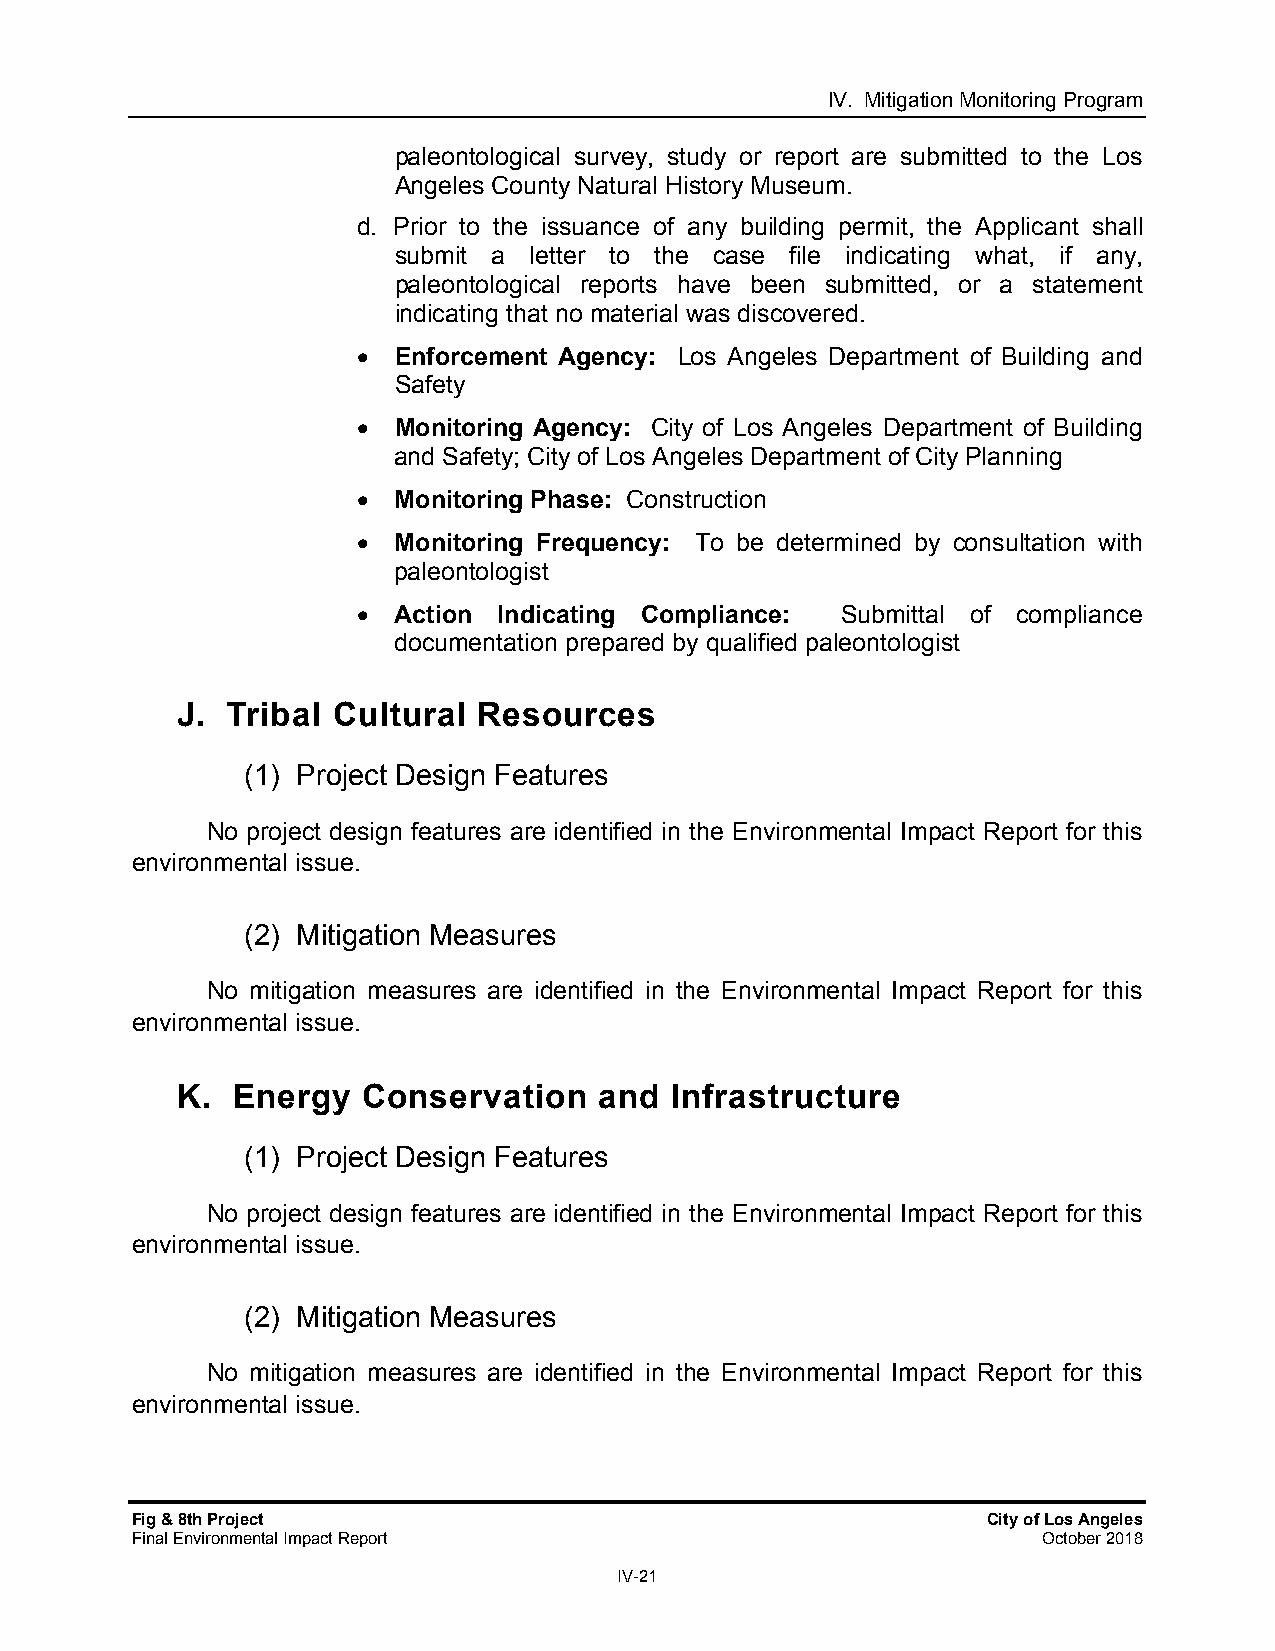
IV. Mitigation Monitoring Program
 paleontological survey, study or report are submitted to the Los
 Angeles County Natural History Museum.
 d. Prior to the issuance of any building permit, the Applicant shall
 submit a letter to the case file indicating what, if any,
 paleontological reports have been submitted, or a statement
 indicating that no material was discovered.
  Enforcement Agency: Los Angeles Department of Building and
 Safety
  Monitoring Agency: City of Los Angeles Department of Building
 and Safety; City of Los Angeles Department of City Planning
  Monitoring Phase: Construction
  Monitoring Frequency: To be determined by consultation with
 paleontologist
  Action Indicating Compliance: Submittal of compliance
 documentation prepared by qualified paleontologist
 J. Tribal Cultural  Resources
 (1) Project Design Features
 No project design features are identified in the Environmental Impact Report for this
 environmental issue.
 (2) Mitigation Measures
 No mitigation measures are identified in the Environmental Impact Report for this
 environmental issue.
 K. Energy   Conservation    and Infrastructure
 (1) Project Design Features
 No project design features are identified in the Environmental Impact Report for this
 environmental issue.
 (2) Mitigation Measures
 No mitigation measures are identified in the Environmental Impact Report for this
 environmental issue.
 Fig & 8th Project                                       City of Los Angeles
 Final Environmental Impact Report                           October 2018
 IV-21